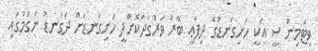
ވިޓަމިން ސީ އަކީ ހަށިގަނޑުގެ ދިފާޢީ ބާރު ވަރުގަދަކޮށްދީ ހަށިގަނޑަށް ދަގަނޑު ނެގުމުގައި